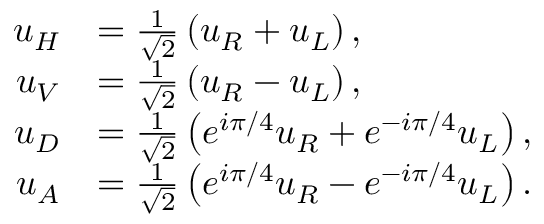
\begin{array} { r l } { u _ { H } } & { = \frac { 1 } { \sqrt { 2 } } \left( u _ { R } + u _ { L } \right) , } \\ { u _ { V } } & { = \frac { 1 } { \sqrt { 2 } } \left( u _ { R } - u _ { L } \right) , } \\ { u _ { D } } & { = \frac { 1 } { \sqrt { 2 } } \left( e ^ { i \pi / 4 } u _ { R } + e ^ { - i \pi / 4 } u _ { L } \right) , } \\ { u _ { A } } & { = \frac { 1 } { \sqrt { 2 } } \left( e ^ { i \pi / 4 } u _ { R } - e ^ { - i \pi / 4 } u _ { L } \right) . } \end{array}